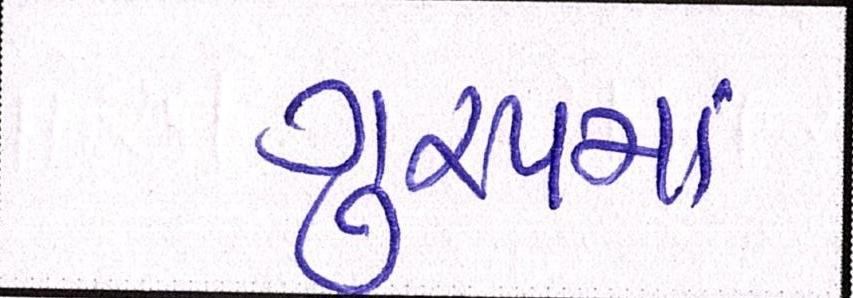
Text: ગુ્રપમાં